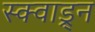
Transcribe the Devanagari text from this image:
स्क्वाड्र्न